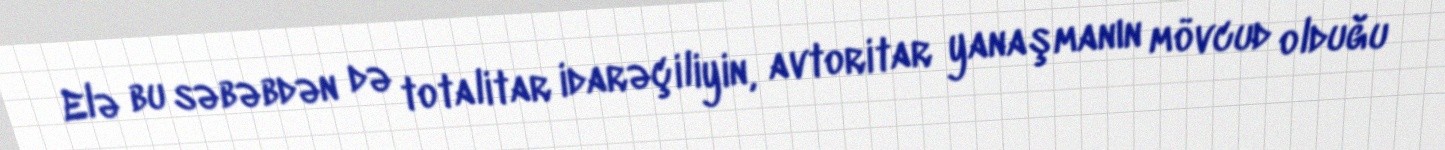
Elə bu səbəbdən də totalitar idarəçiliyin, avtoritar yanaşmanın mövcud olduğu